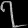
Digit: ၇